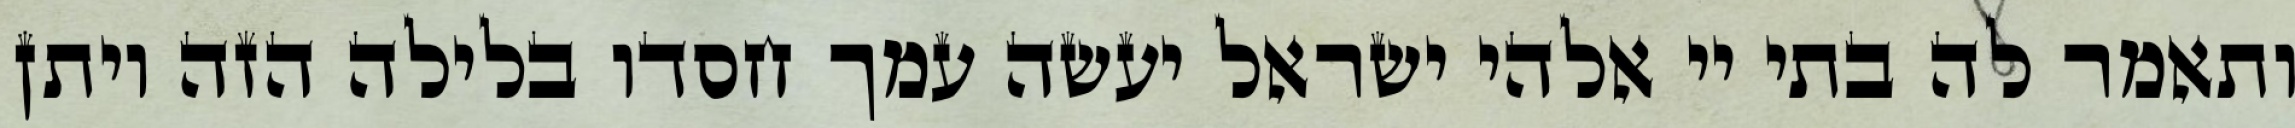
ותאמר לה בתי יי אלהי ישראל יעשה עמך חסדו בלילה הזה ויתן